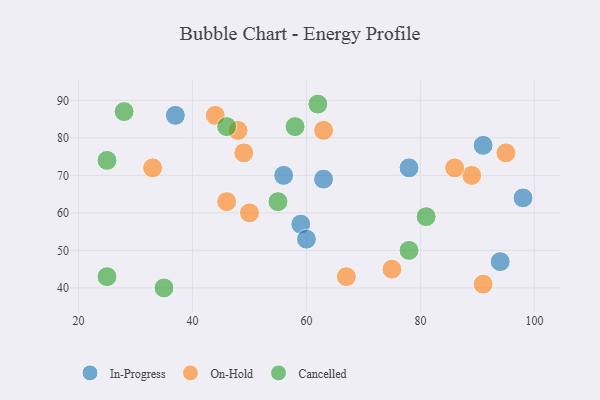
{"axis": {"x": "GDP", "y": "Life Expectancy"}, "legend": ["Cancelled", "In-Progress", "On-Hold"], "data": [{"x": "63", "y": 69, "type": "In-Progress"}, {"x": "94", "y": 47, "type": "In-Progress"}, {"x": "59", "y": 57, "type": "In-Progress"}, {"x": "98", "y": 64, "type": "In-Progress"}, {"x": "91", "y": 78, "type": "In-Progress"}, {"x": "37", "y": 86, "type": "In-Progress"}, {"x": "56", "y": 70, "type": "In-Progress"}, {"x": "60", "y": 53, "type": "In-Progress"}, {"x": "78", "y": 72, "type": "In-Progress"}, {"x": "67", "y": 43, "type": "On-Hold"}, {"x": "91", "y": 41, "type": "On-Hold"}, {"x": "33", "y": 72, "type": "On-Hold"}, {"x": "75", "y": 45, "type": "On-Hold"}, {"x": "63", "y": 82, "type": "On-Hold"}, {"x": "44", "y": 86, "type": "On-Hold"}, {"x": "89", "y": 70, "type": "On-Hold"}, {"x": "50", "y": 60, "type": "On-Hold"}, {"x": "46", "y": 63, "type": "On-Hold"}, {"x": "95", "y": 76, "type": "On-Hold"}, {"x": "49", "y": 76, "type": "On-Hold"}, {"x": "48", "y": 82, "type": "On-Hold"}, {"x": "86", "y": 72, "type": "On-Hold"}, {"x": "35", "y": 40, "type": "Cancelled"}, {"x": "25", "y": 74, "type": "Cancelled"}, {"x": "62", "y": 89, "type": "Cancelled"}, {"x": "46", "y": 83, "type": "Cancelled"}, {"x": "58", "y": 83, "type": "Cancelled"}, {"x": "25", "y": 43, "type": "Cancelled"}, {"x": "78", "y": 50, "type": "Cancelled"}, {"x": "28", "y": 87, "type": "Cancelled"}, {"x": "55", "y": 63, "type": "Cancelled"}, {"x": "81", "y": 59, "type": "Cancelled"}]}